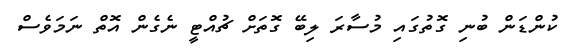
ކުންޑަން ބުނި ގޮތުގައި މުސާރަ ލިބޭ ގޮތަށް ޗުއްޓީ ނެގެން އޮތް ނަމަވެސް